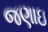
જણાઇ